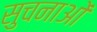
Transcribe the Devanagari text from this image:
सुचनाओं